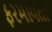
ફરમાવતા